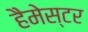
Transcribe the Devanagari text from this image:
हैमेस्टर